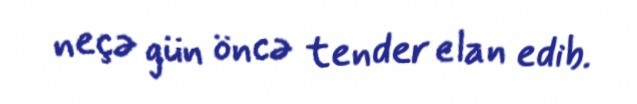
neçə gün öncə tender elan edib.